Annual administration and progress report of the Indian Medical Department, Bombay
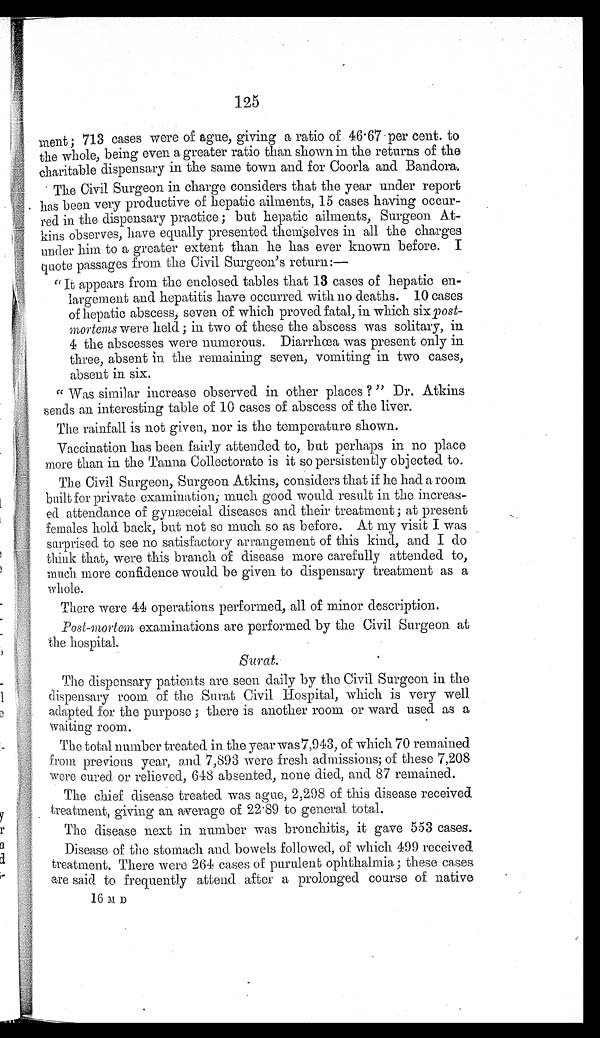
125
ment; 713 cases were of ague, giving a ratio of 46.67 per cent. to
the whole, being even a greater ratio than shown in the returns of the
charitable dispensary in the same town and for Coorla and Bandora.
The Civil Surgeon in charge considers that the year under report
has been very productive of hepatic ailments, 15 cases having occur-
red in the dispensary practice; but hepatic ailments, Surgeon At-
kins observes, have equally presented themselves in all the charges
under him to a greater extent than he has ever known before. I
quote passages from the Civil Surgeon's return:
—
"It appears from the enclosed tables that 13 cases of hepatic en-
largement and hepatitis have occurred with no deaths. 10 cases
of hepatic abscess, seven of which proved fatal, in which six post-
mortems were held; in two of these the abscess was solitary, in
4 the abscesses were numerous. Diarrhœa was present only in
three, absent in the remaining seven, vomiting in two cases,
absent in six.
"Was similar increase observed in other places?" Dr. Atkins
sends an interesting table of 10 cases of abscess of the liver.
The rainfall is not given, nor is the temperature shown.
Vaccination has been fairly attended to, but perhaps in no place
more than in the Tanna Collectorate is it so persistently objected to.
The Civil Surgeon, Surgeon Atkins, considers that if he had a room
built for private examination; much good would result in the increas-
ed attendance of gynæceial diseases and their treatment; at present
females hold back, but not so much so as before. At my visit I was
surprised to see no satisfactory arrangement of this kind, and I do
think that, were this branch of disease more carefully attended to,
much more confidence would be given to dispensary treatment as a
whole.
There were 44 operations performed, all of minor description.
Post-mortem examinations are performed by the Civil Surgeon at
the hospital.
Surat.
The dispensary patients are seen daily by the Civil Surgeon in the
dispensary room of the Surat Civil Hospital, which is very well
adapted for the purpose; there is another room or ward used as a
waiting room.
The total number treated in the year was 7,943, of which 70 remained
from previous year, and 7,893 were fresh admissions; of these 7,208
were cured or relieved, 648 absented, none died, and 87 remained.
The chief disease treated was ague, 2,298 of this disease received
treatment, giving an average of 22.89 to general total.
The disease next in number was bronchitis, it gave 553 cases.
Disease of the stomach and bowels followed, of which 499 received
treatment. There were 264 cases of purulent ophthalmia; these cases
are said to frequently attend after a prolonged course of native
16 M D